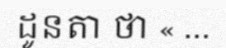
ដូនតា ថា « ...